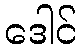
ဒေါင်